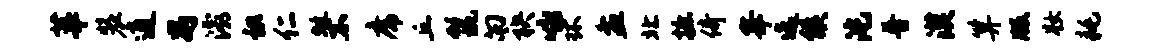
莘装逍舄灞识仁蜓不席丘鬣向袂咏环盆北摭倚峰迄候沱普漠算版妆耗